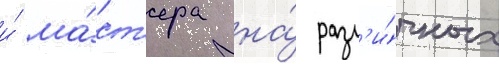
и́ ма́ст'ера на́ разл'и́чных